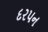
દરપન